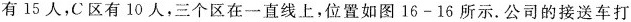
有15人，C区有10人，三个区在一直线上，位置如图16-16所示。公司的接送车打